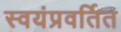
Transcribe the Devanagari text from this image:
स्वयंप्रवर्तित